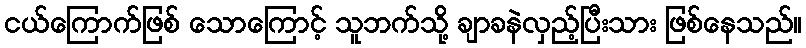
ငယ်ကြောက်ဖြစ် သောကြောင့် သူဘက်သို့ ချာခနဲလှည့်ပြီးသား ဖြစ်နေသည်။